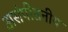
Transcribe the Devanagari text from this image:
असंपीडनीय